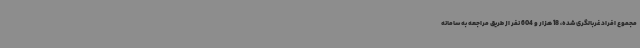
مجموع افراد غربالگری شده، 18 هزار و 604 نفر از طریق مراجعه به سامانه